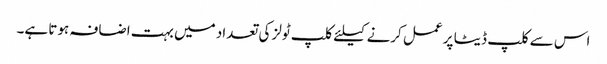
اس سے کلپ ڈیٹا پر عمل کرنے کیلئے کلپ ٹولز کی تعداد میں بہت اضافہ ہوتا ہے۔